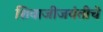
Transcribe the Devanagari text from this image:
शिवाजीजयंतीचे